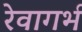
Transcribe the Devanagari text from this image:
रेवागर्भ